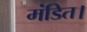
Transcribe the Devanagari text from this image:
मंडित।